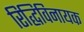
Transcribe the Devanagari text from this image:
रिद्धिविनायक